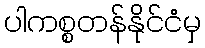
ပါကစ္စတန်နိုင်ငံမှ